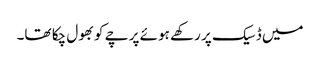
میں ڈسیک پر رکھے ہوئے پرچے کو بھول چکا تھا۔